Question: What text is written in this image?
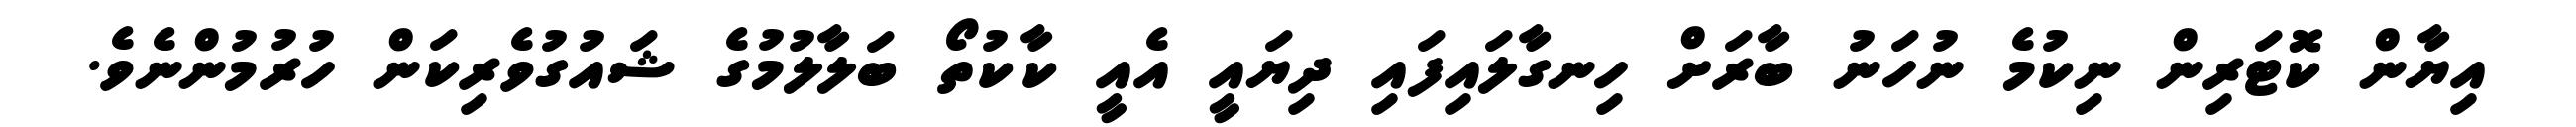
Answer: އިޔާން ކޮޓަރިން ނިކުމެ ނުހަނު ބާރަށް ހިނގާލައިފައި ދިޔައީ އެއީ ކާކުތޯ ބަލާލުމުގެ ޝައުގުވެރިކަން ހުރުމުންނެވެ.